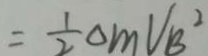
= \frac { 1 } { 2 } \Delta m V _ { B } ^ { 2 }